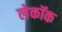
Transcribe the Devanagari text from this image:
लेकॉक